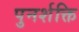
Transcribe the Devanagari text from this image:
पुनर्शक्ति